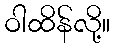
ဝါထိန်လို့။